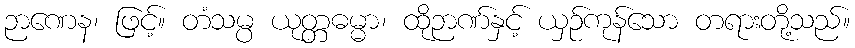
ဉာဏေန၊ ဖြင့်။ တံသမ္ပ ယုတ္တဓမ္မာ၊ ထိုဉာဏ်နှင့် ယှဉ်ကုန်သော တရားတို့သည်။